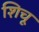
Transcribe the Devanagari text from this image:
शिचू